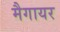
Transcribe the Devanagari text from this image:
मैगायर